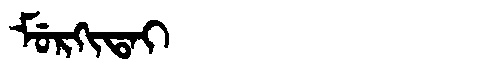
Manchu: ᠮᡠᡵᡴᡳᡨᠠᡳ
Romanization: MURKITAI